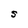
Character: S